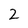
Character: 2